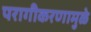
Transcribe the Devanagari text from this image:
परागीकरणामुळे